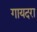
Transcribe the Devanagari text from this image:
गायदरा